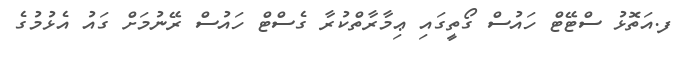
ފ.އަތޮޅު ސްޓޭޓް ހައުސް ގޯތީގައި ޢިމާރާތްކުރާ ގެސްޓް ހައުސް ރޭނުމަށް ގައު އެޅުމުގެ